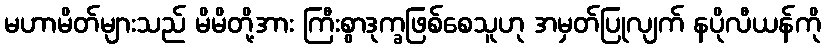
မဟာမိတ်များသည် မိမိတို့အား ကြီးစွာဒုက္ခဖြစ်စေသူဟု အမှတ်ပြုလျက် နပိုလီယန်ကို